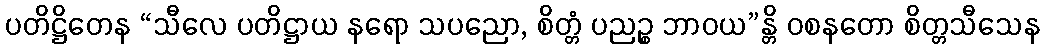
ပတိဋ္ဌိတေန “သီလေ ပတိဋ္ဌာယ နရော သပညော, စိတ္တံ ပညဉ္စ ဘာဝယ”န္တိ ဝစနတော စိတ္တသီသေန